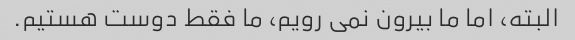
البته، اما ما بیرون نمی رویم، ما فقط دوست هستیم.